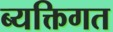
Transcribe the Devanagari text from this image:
ब्यक्तिगत